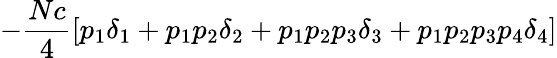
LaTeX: -{\frac{Nc}{4}}[p_{1}\delta_{1}+p_{1}p_{2}\delta_{2}+p_{1}p_{2}p_{3}\delta_{3}+p_{1}p_{2}p_{3}p_{4}\delta_{4}]